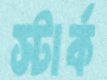
স্টার্ক